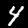
Digit: 4